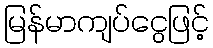
မြန်မာကျပ်ငွေဖြင့်